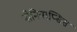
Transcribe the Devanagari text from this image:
नीमियाप्सिस